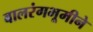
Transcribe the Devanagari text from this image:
बालरंगभूमीने